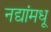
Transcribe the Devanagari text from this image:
नद्यांमधू